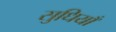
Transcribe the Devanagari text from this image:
सुधियाँ